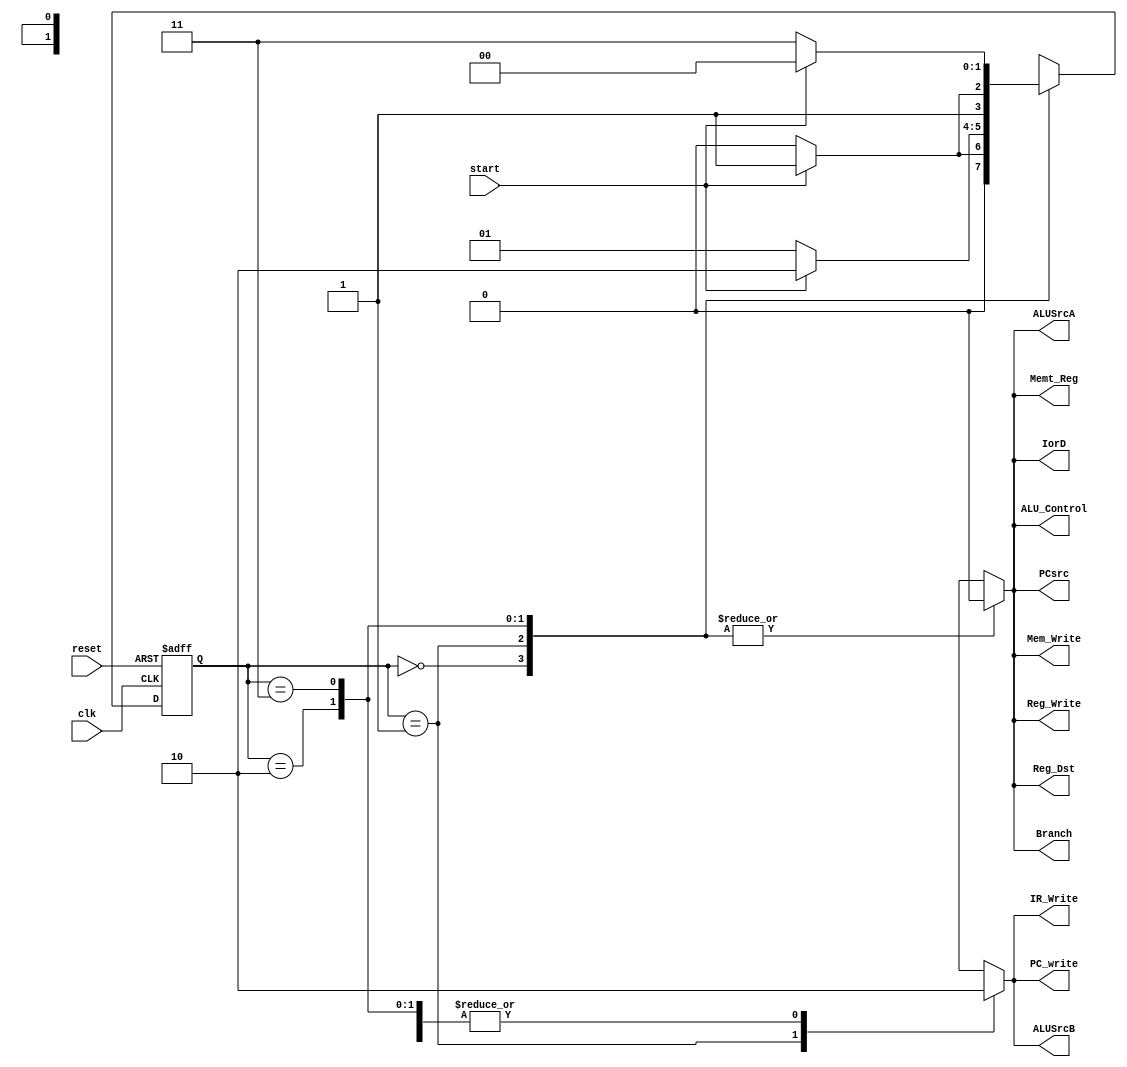
/**********************************************************************************
*	Description:
*	 This is a moore state machine
*	Inputs:
*		input clk
*		input reset
*		input enable
*		input Signal_on,  // Signal counter on state
*		input Signal_off,	// Signal counter off state		
*
*	Outputs:
*     output reg Enable
*
*	Author:
*	 Cesar Carlos Robles Martinez
*
*	Date:
*	 17/09/2017
***********************************************************************************/
module Machine_Moore

(
//Input
	input clk,
	input reset,
	input start,

	
//Output
	output IorD,
	output Mem_Write,
	output IR_Write,
	output Reg_Dst,
	output Memt_Reg,
	output Reg_Write,
	output ALUSrcA,
	output ALUSrcB,
	output ALU_Control,
	output PCsrc,
	output Branch,
	output PC_write
	
);

localparam IDLE = 0;		// idle state
localparam IF = 1;		// Instruction Fecth
localparam ID = 2; 		// Instruction Decode & Register file read                   
localparam EX = 3;		// Execute & Address calculation                 
localparam MEM = 4; 		// Memory access
localparam WB = 5;		// Write Back


reg [1:0]State;

	reg IorD_reg;
	reg Mem_Write_reg;
	reg IR_Write_reg;
	reg Reg_Dst_reg;
	reg Memt_Reg_reg;
	reg Reg_Write_reg;
	reg ALUSrcA_reg;
	reg ALUSrcB_reg;
	reg ALU_Control_reg;
	reg PCsrc_reg;
	reg Branch_reg;
	reg PC_write_reg;

always@(posedge clk or negedge reset) begin
	if (reset== 0)
		State <= IDLE;
	else 
		case(State)
		
			IDLE:
			if(start == 1'b1)
				State <= IF;
			else 
				State <= IDLE;
							
			IF:
			if(start == 1'b1)
				State <= ID;
			else
				State <= IF;
							
			ID:
			if(start == 1'b1)
				State <= EX;
			else
				State <= ID;
	
			EX:
			if(start == 1'b1)
				State <= MEM;
			else
				State <= EX;
				
			MEM:
			if(start == 1'b1)
				State <= EX;
			else
				State <= ID;			
			
			WB:
			if(start == 1'b1)
				State <= EX;
			else
				State <= ID;
			
					
			default:
				State <= IDLE;
					
	endcase
end

always@(State)begin
	case(State)
	
			IDLE:
				begin
				IorD_reg = 1'b0;
				Mem_Write_reg = 1'b0;
				IR_Write_reg = 1'b0;
				Reg_Dst_reg = 1'b0;
				Memt_Reg_reg = 1'b0;
				Reg_Write_reg = 1'b0;
				ALUSrcA_reg = 1'b0;
				ALUSrcB_reg = 1'b0;
				ALU_Control_reg = 1'b0;
				PCsrc_reg = 1'b0;
				Branch_reg = 1'b0;
				PC_write_reg = 1'b0;
				end
			
			IF:
				begin
				IorD_reg = 1'b0;
				Mem_Write_reg = 1'b0;
				IR_Write_reg = 1'b1;
				Reg_Dst_reg = 1'b0;
				Memt_Reg_reg = 1'b0;
				Reg_Write_reg = 1'b0;
				ALUSrcA_reg = 1'b0;
				ALUSrcB_reg = 2'b01;
				ALU_Control_reg = 2'b10;
				PCsrc_reg = 1'b0;
				Branch_reg = 1'b0;
				PC_write_reg = 1'b1;
				end 
				
			ID:
				begin
				IorD_reg = 1'b0;
				Mem_Write_reg = 1'b0;
				IR_Write_reg = 1'b0;
				Reg_Dst_reg = 1'b0;
				Memt_Reg_reg = 1'b0;
				Reg_Write_reg = 1'b0;
				ALUSrcA_reg = 1'b0;
				ALUSrcB_reg = 1'b0;
				ALU_Control_reg = 1'b0;
				PCsrc_reg = 1'b0;
				Branch_reg = 1'b0;
				PC_write_reg = 1'b0;
				end
				
			EX:
				begin
				IorD_reg = 1'b0;
				Mem_Write_reg = 1'b0;
				IR_Write_reg = 1'b0;
				Reg_Dst_reg = 1'b0;
				Memt_Reg_reg = 1'b0;
				Reg_Write_reg = 1'b0;
				ALUSrcA_reg = 1'b0;
				ALUSrcB_reg = 1'b0;
				ALU_Control_reg = 1'b0;
				PCsrc_reg = 1'b0;
				Branch_reg = 1'b0;
				PC_write_reg = 1'b0;
				end
				
			MEM:
				begin
				IorD_reg = 1'b0;
				Mem_Write_reg = 1'b0;
				IR_Write_reg = 1'b0;
				Reg_Dst_reg = 1'b0;
				Memt_Reg_reg = 1'b0;
				Reg_Write_reg = 1'b0;
				ALUSrcA_reg = 1'b0;
				ALUSrcB_reg = 1'b0;
				ALU_Control_reg = 1'b0;
				PCsrc_reg = 1'b0;
				Branch_reg = 1'b0;
				PC_write_reg = 1'b0;
				end
				
				
			WB:
				begin
				IorD_reg = 1'b0;
				Mem_Write_reg = 1'b0;
				IR_Write_reg = 1'b0;
				Reg_Dst_reg = 1'b0;
				Memt_Reg_reg = 1'b0;
				Reg_Write_reg = 1'b0;
				ALUSrcA_reg = 1'b0;
				ALUSrcB_reg = 1'b0;
				ALU_Control_reg = 1'b0;
				PCsrc_reg = 1'b0;
				Branch_reg = 1'b0;
				PC_write_reg = 1'b0;
				end
				
			default:
				begin
				IorD_reg = 1'b0;
				Mem_Write_reg = 1'b0;
				IR_Write_reg = 1'b0;
				Reg_Dst_reg = 1'b0;
				Memt_Reg_reg = 1'b0;
				Reg_Write_reg = 1'b0;
				ALUSrcA_reg = 1'b0;
				ALUSrcB_reg = 1'b0;
				ALU_Control_reg = 1'b0;
				PCsrc_reg = 1'b0;
				Branch_reg = 1'b0;
				PC_write_reg = 1'b0;
				
				end
				
		endcase
end

	assign IorD = IorD_reg;
	assign Mem_Write = Mem_Write_reg;
	assign IR_Write = IR_Write_reg;
	assign Reg_Dst = Reg_Dst_reg;
	assign Memt_Reg = Memt_Reg_reg;
	assign Reg_Write = Reg_Write_reg;
	assign ALUSrcA = ALUSrcA_reg;
	assign ALUSrcB = ALUSrcB_reg;
	assign ALU_Control = ALU_Control_reg;
	assign PCsrc = PCsrc_reg;
	assign Branch = Branch_reg;
	assign PC_write = PC_write_reg;

endmodule